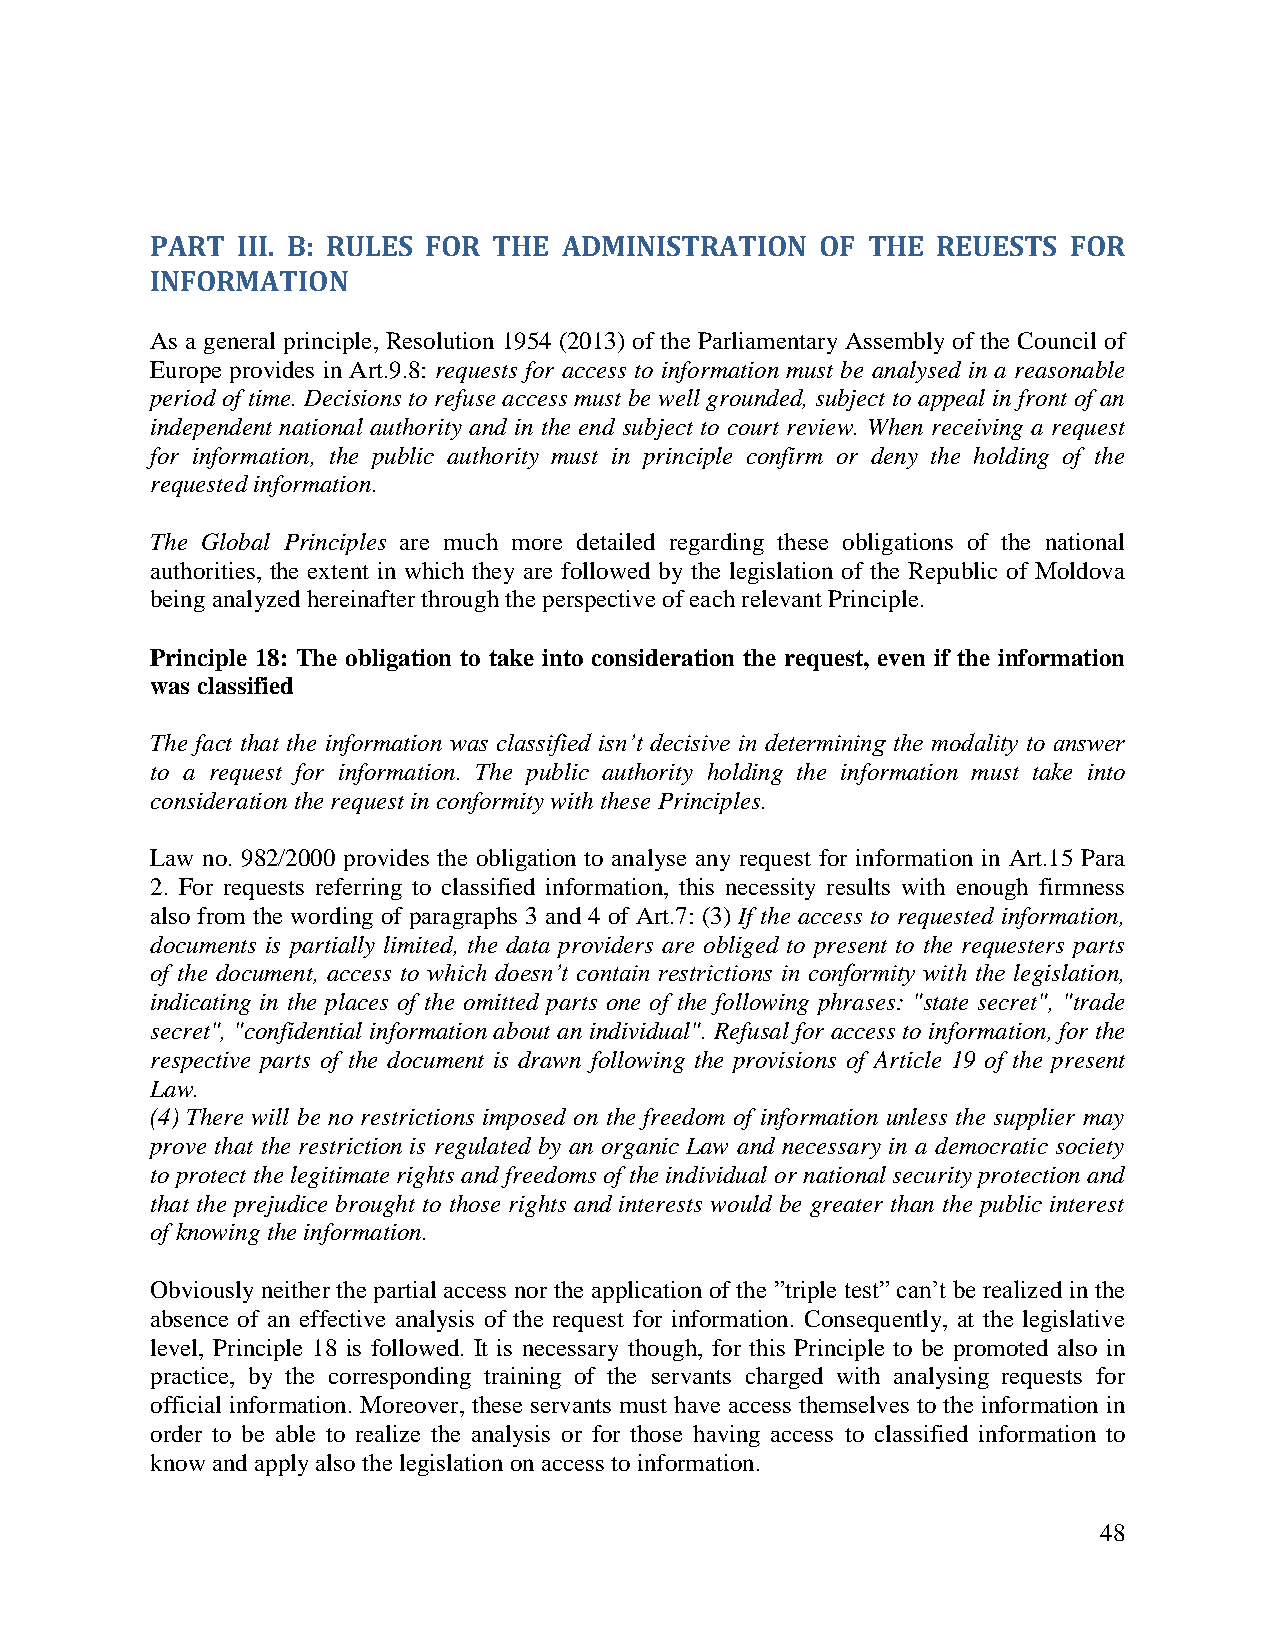
PART  III. B: RULES FOR THE ADMINISTRATION  OF THE  REUESTS  FOR
 INFORMATION
 As a general principle, Resolution 1954 (2013) of the Parliamentary Assembly of the Council of
 Europe provides in Art.9.8: requests for access to information must be analysed in a reasonable
 period of time. Decisions to refuse access must be well grounded, subject to appeal in front of an
 independent national authority and in the end subject to court review. When receiving a request
 for information, the public authority must in principle confirm or deny the holding of the
 requested information.
 The Global Principles are much more detailed regarding these obligations of the national
 authorities, the extent in which they are followed by the legislation of the Republic of Moldova
 being analyzed hereinafter through the perspective of each relevant Principle.
 Principle 18: The obligation to take into consideration the request, even if the information
 was classified
 The fact that the information was classified isn’t decisive in determining the modality to answer
 to a request for information. The public authority holding the information must take into
 consideration the request in conformity with these Principles.
 Law no. 982/2000 provides the obligation to analyse any request for information in Art.15 Para
 2. For requests referring to classified information, this necessity results with enough firmness
 also from the wording of paragraphs 3 and 4 of Art.7: (3) If the access to requested information,
 documents is partially limited, the data providers are obliged to present to the requesters parts
 of the document, access to which doesn’t contain restrictions in conformity with the legislation,
 indicating in the places of the omitted parts one of the following phrases: "state secret", "trade
 secret", "confidential information about an individual". Refusal for access to information, for the
 respective parts of the document is drawn following the provisions of Article 19 of the present
 Law.
 (4) There will be no restrictions imposed on the freedom of information unless the supplier may
 prove that the restriction is regulated by an organic Law and necessary in a democratic society
 to protect the legitimate rights and freedoms of the individual or national security protection and
 that the prejudice brought to those rights and interests would be greater than the public interest
 of knowing the information.
 Obviously neither the partial access nor the application of the ”triple test” can’t be realized in the
 absence of an effective analysis of the request for information. Consequently, at the legislative
 level, Principle 18 is followed. It is necessary though, for this Principle to be promoted also in
 practice, by the corresponding training of the servants charged with analysing requests for
 official information. Moreover, these servants must have access themselves to the information in
 order to be able to realize the analysis or for those having access to classified information to
 know and apply also the legislation on access to information.
 48